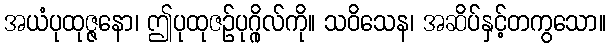
အယံပုထုဇ္ဇနော၊ ဤပုထုဇဉ်ပုဂ္ဂိုလ်ကို။ သဝိသေန၊ အဆိပ်နှင့်တကွသော။